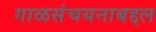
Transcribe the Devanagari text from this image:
गाळसंचयनाबद्दल